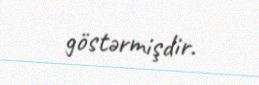
göstərmişdir.